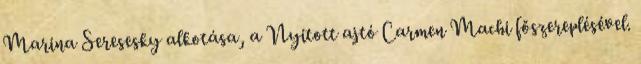
Marina Seresesky alkotása, a Nyitott ajtó Carmen Machi főszereplésével.